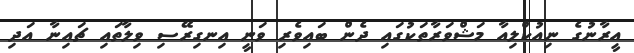
އީރާނުގެ ނިއުކްލިއާ މަޝްވަރާތަކުގައި ދެން ބައިވެރި ވަނީ އިނގިރޭސި ވިލާތައި ޗައިނާ އަދި